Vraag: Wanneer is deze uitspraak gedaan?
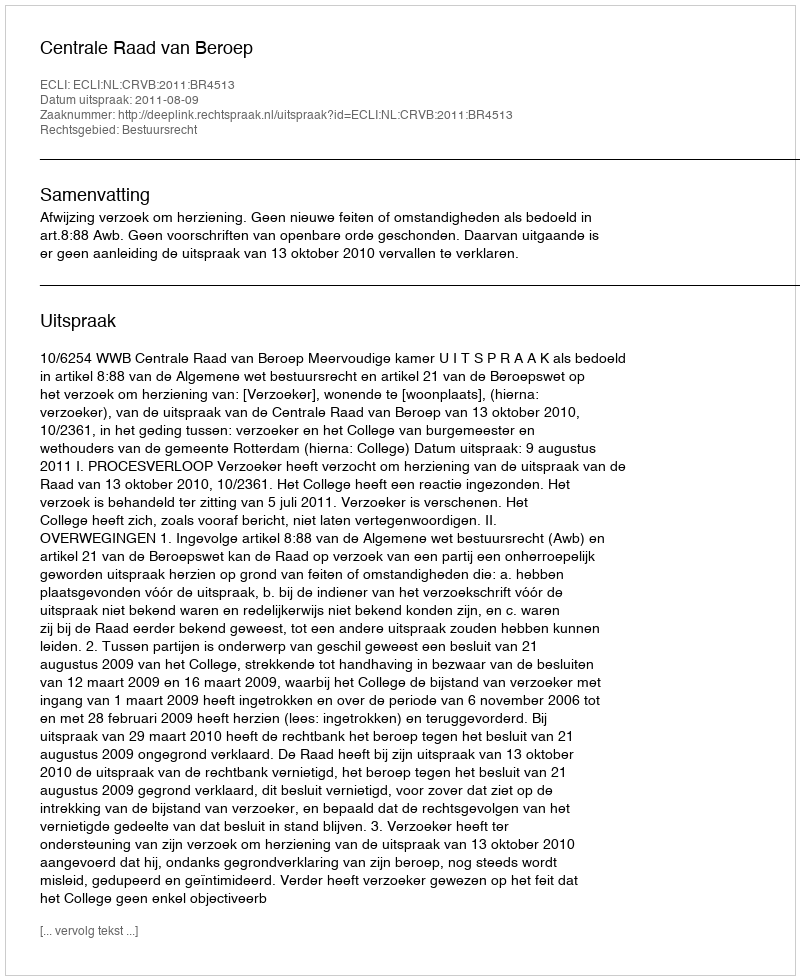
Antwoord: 2011-08-09